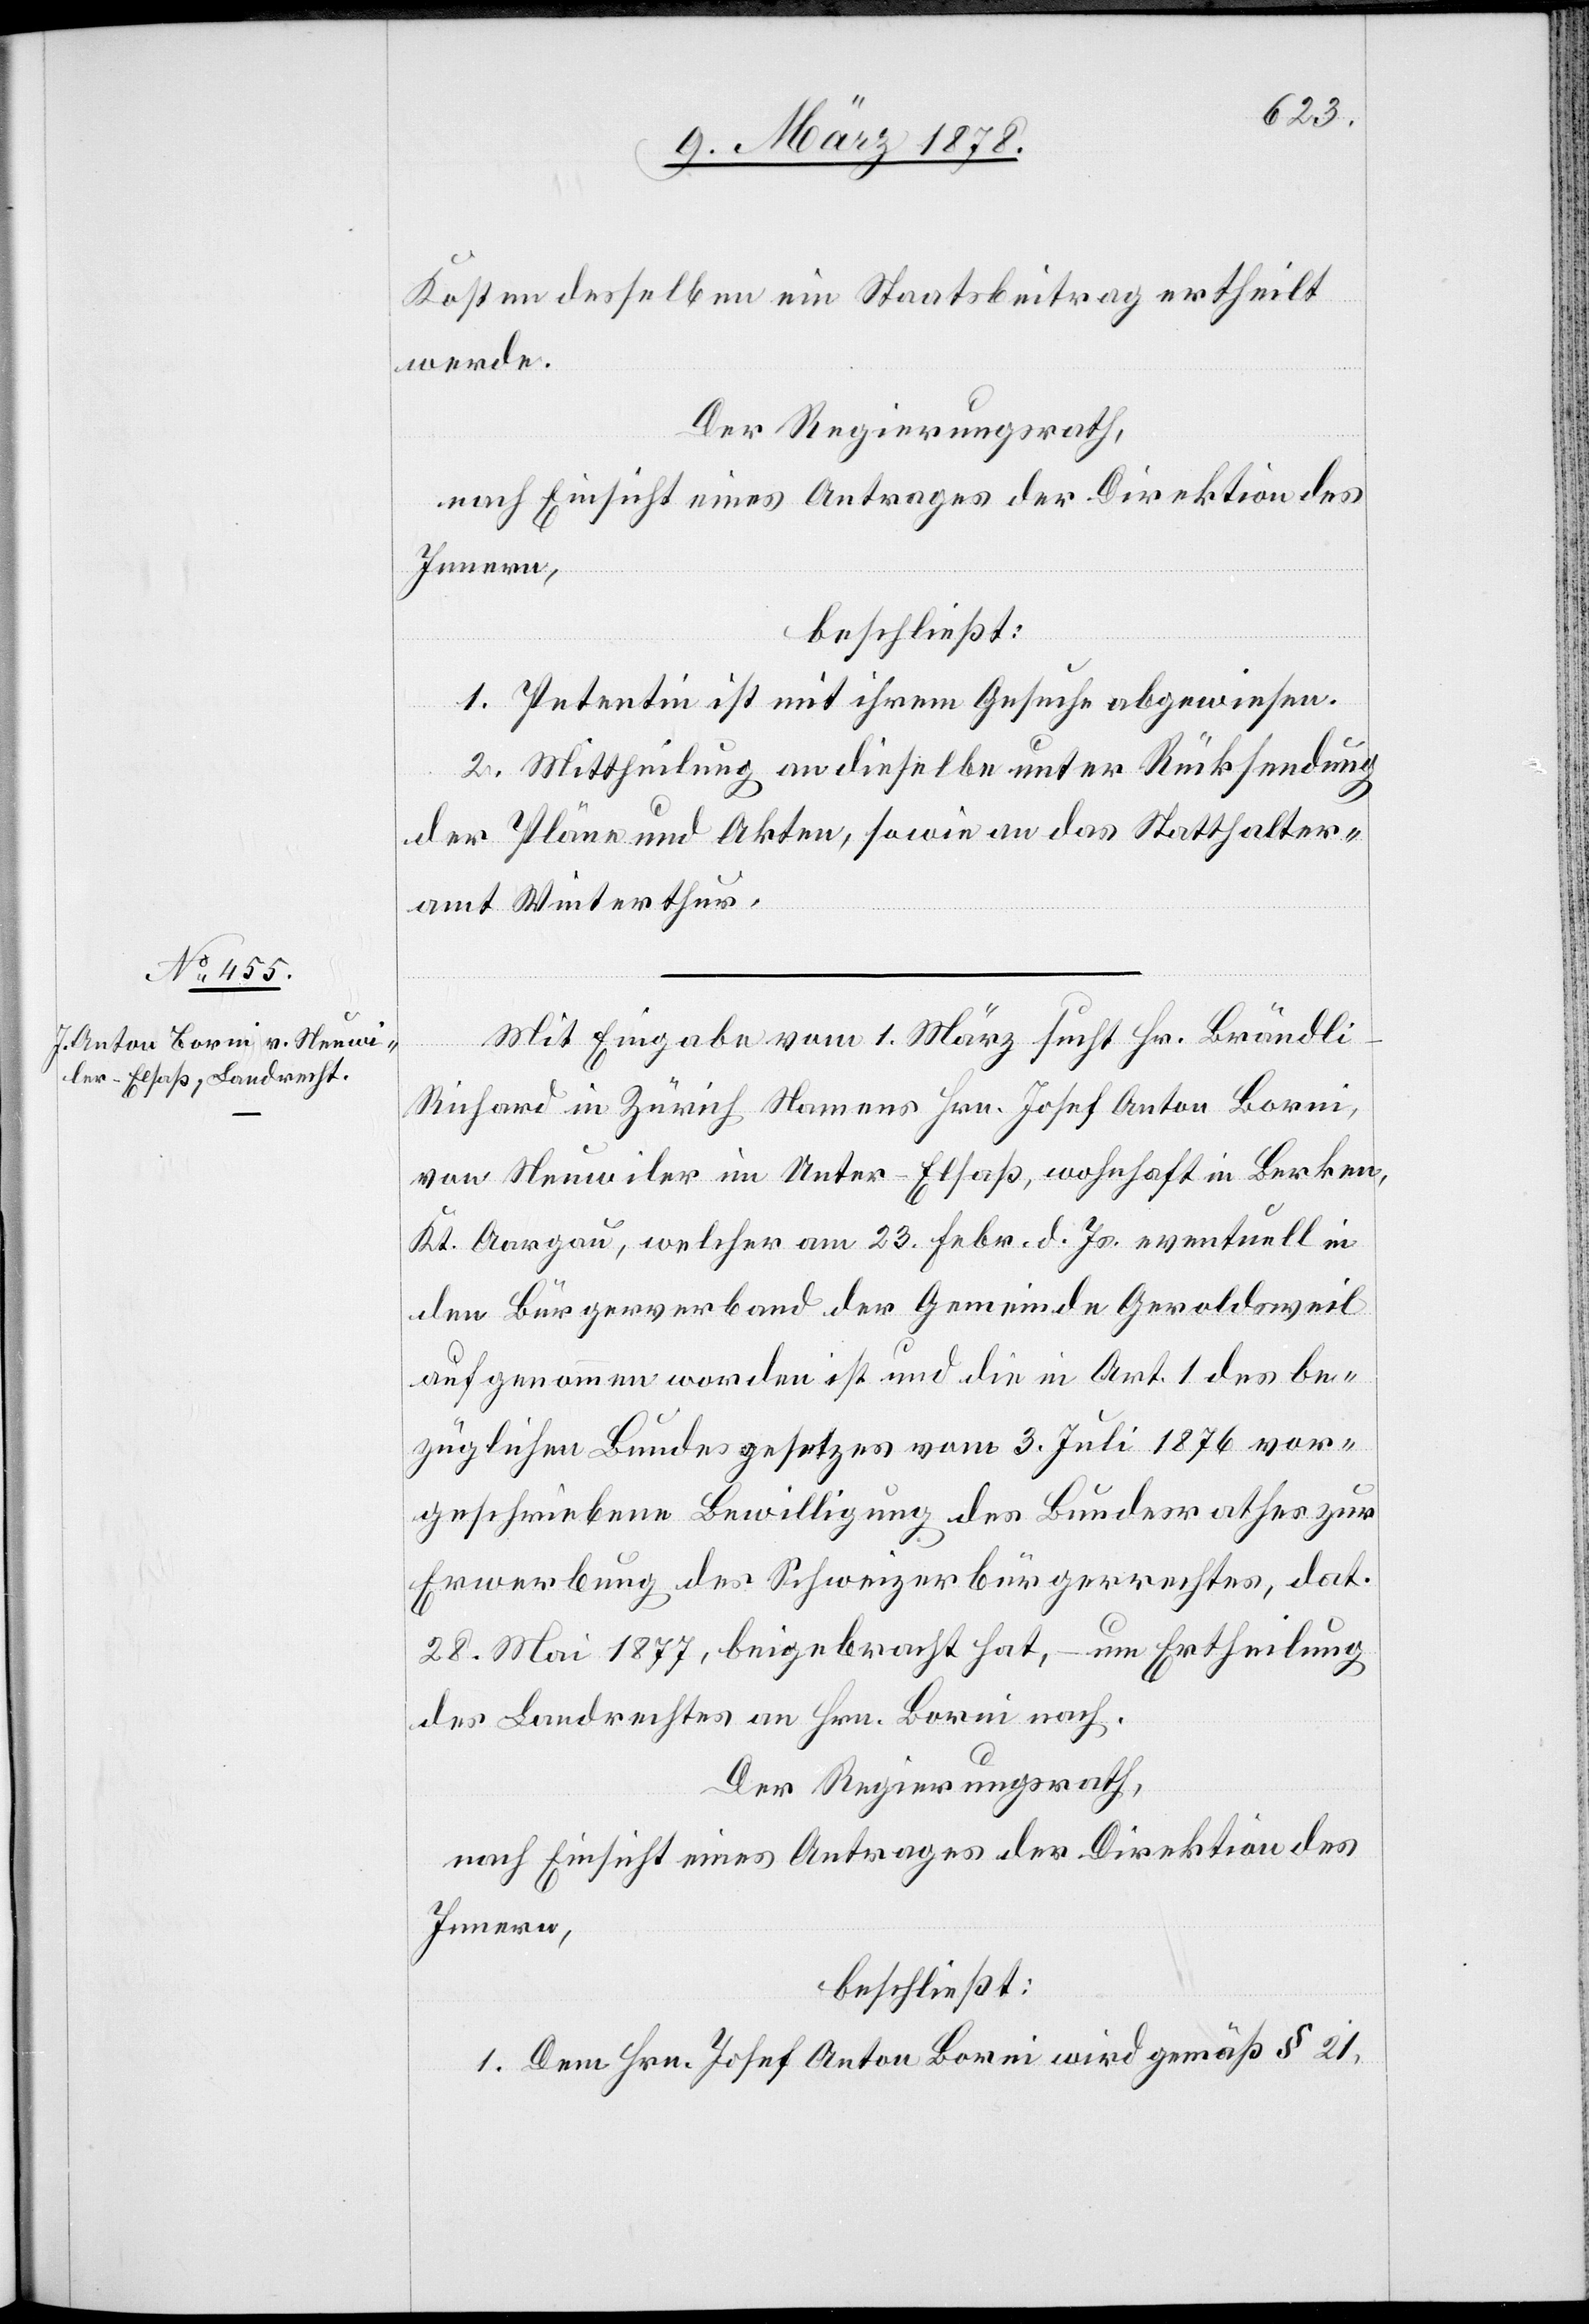
Kosten desselben ein Staatsbeitrag ertheilt
werde.
Der Regierungsrath,
nach Einsicht eines Antrages der Direktion des
Innern,
beschließt:
1. Petentin ist mit ihrem Gesuche abgewiesen.
2. Mittheilung an dieselbe unter Rücksendung
der Pläne und Akten, sowie an das Statthalter¬
amt Winterthur.
Mit Eingabe vom 1. März sucht Hr. Brändli-R¬
ichard in Zürich Namens Hrn. Josef Anton Borni,
von Neuwiler im Unter-Elsaß, wohnhaft in Burken,
Kt. Aargau, welcher am 23. Febr. d. Js. eventuell in
den Bürgerverband der Gemeinde Geroldsweil
aufgenommen worden ist und die in Art. 1 des be¬
züglichen Bundesgesetzes vom 3. Juli 1876 vor¬
geschriebene Bewilligung des Bundesrathes zur
Erwerbung des Schweizerbürgerrechtes, dat.
18. Mai 1877, beigebracht hat, – um Ertheilung
des Landrechtes an Hrn. Borni nach.
Der Regierungsrath,
nach Einsicht eines Antrages der Direktion des
Innern,
beschließt:
1. Dem Hrn. Josef Anton Borni wird gemäß § 21,